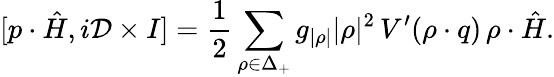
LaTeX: [p\cdot\hat{H},i{\cal D}\times I]={\frac{1}{2}}\sum_{\rho\in\Delta_{+}}{g_{|\rho|}|\rho|^{2}}\, V^{\prime}(\rho\cdot q)\, \rho\cdot\hat{H}.